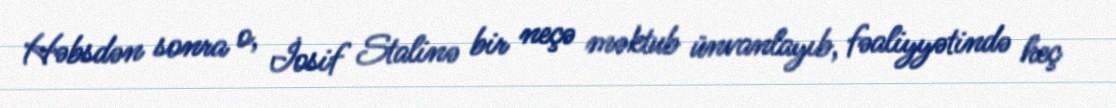
Həbsdən sonra o, İosif Stalinə bir neçə məktub ünvanlayıb, fəaliyyətində heç